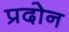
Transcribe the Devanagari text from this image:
प्रदोन